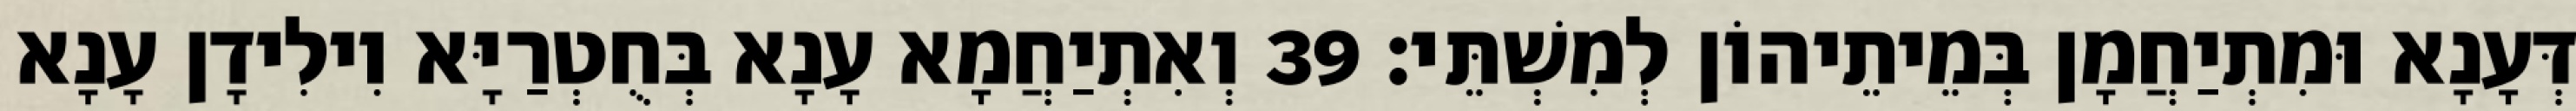
דְּעָנָא וּמִתְיַחֲמָן בְּמֵיתֵיהוֹן לְמִשְׁתֵּי׃ 39 וְאִתְיַחֲמָא עָנָא בְּחֻטְרַיָּא וִילִידָן עָנָא